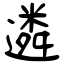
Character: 遴